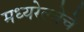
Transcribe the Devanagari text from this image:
मध्यरेल्वेचे